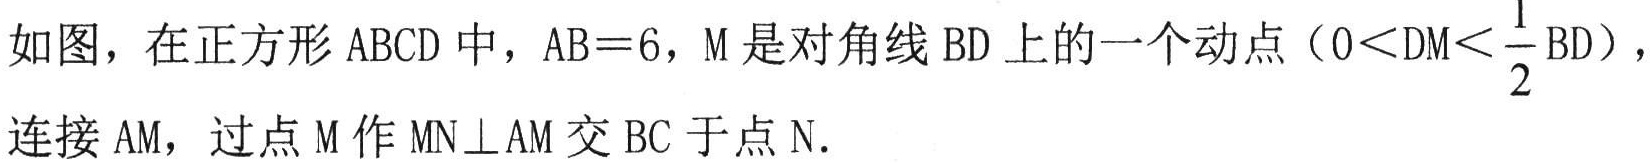
如图，在正方形 \(ABCD\) 中，\(AB = 6\)，\(M\) 是对角线 \(BD\) 上的一个动点（\(0<DM<\dfrac{1}{2}BD\)），连接 \(AM\)，过点 \(M\) 作 \(MN\perp AM\) 交 \(BC\) 于点 \(N\).